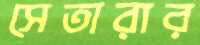
সেতারার